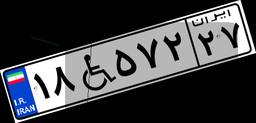
۱۸W۵۷۲۲۷